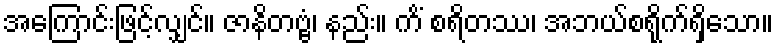
အကြောင်းဖြင့်လျှင်။ ဇာနိတဗ္ဗံ၊ နည်း။ ကိံ စရိတဿ၊ အဘယ်စရိုက်ရှိသော။